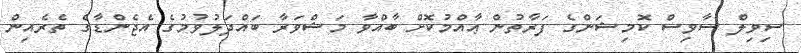
ސިވިލް ސާވިސް ކޮމިޝަންގެ ފަރާތުން ޢާއްމުކޮށް ބާއްވާ މަޝްވަރާ ބައްދަލުވުމުގެ އެޖެންޑާގެ ތެރެއިން